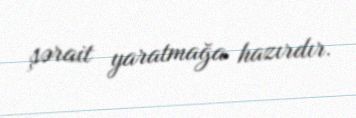
şərait yaratmağa hazırdır.